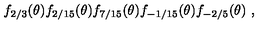
f _ { 2 / 3 } ( \theta ) f _ { 2 / 1 5 } ( \theta ) f _ { 7 / 1 5 } ( \theta ) f _ { - 1 / 1 5 } ( \theta ) f _ { - 2 / 5 } ( \theta ) \ ,